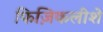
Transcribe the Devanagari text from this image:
फिज़िकलीशे